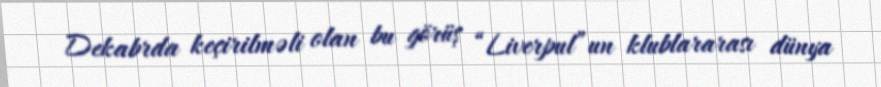
Dekabrda keçirilməli olan bu görüş “Liverpul”un klublararası dünya